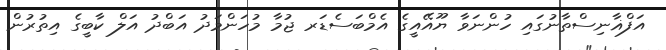
އަފްޣާނިސްތާނުގައި ހުންނަވާ ޔޫއޭއީގެ އެމްބަސެޑަރ ޖުމާ މުހަންމަދު އަބްދު އަލް ކާބީގެ އިތުރުން